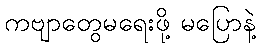
ကဗျာတွေမရေးဖို့ မပြောနဲ့